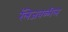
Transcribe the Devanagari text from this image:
रॅलेजवळील